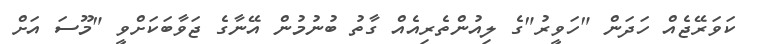
ކަވަރޭޖެއް ހަދަން "ހަވީރު"ގެ ލިއުންތެރިއެއް ގާތު ބުނުމުން އޭނާގެ ޖަވާބަކަށްވީ "މޫސަ އަށް